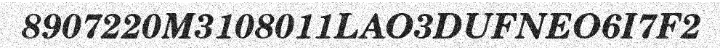
8907220M3108011LAO3DUFNEO6I7F2